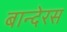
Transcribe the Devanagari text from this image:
बान्देरस